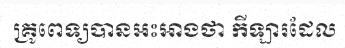
គ្រូពេទ្យបានអះអាងថា កីឡារដែល